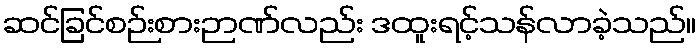
ဆင်ခြင်စဉ်းစားဉာဏ်လည်း ဒထူးရင့်သန်လာခဲ့သည်။